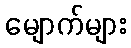
မျောက်များ